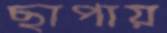
ছাপায়